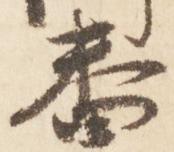
番